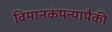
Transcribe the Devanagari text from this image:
विमानकंपन्यापैकी